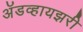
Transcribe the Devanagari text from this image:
अॅडव्हायझरी